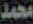
محمد